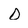
Character: D